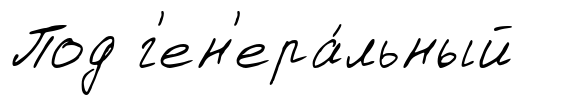
Под г'ен'ера́льный